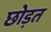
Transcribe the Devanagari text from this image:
छोड़त